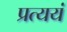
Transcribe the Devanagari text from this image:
प्रत्ययं